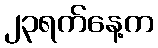
၂၃ရက်နေ့က